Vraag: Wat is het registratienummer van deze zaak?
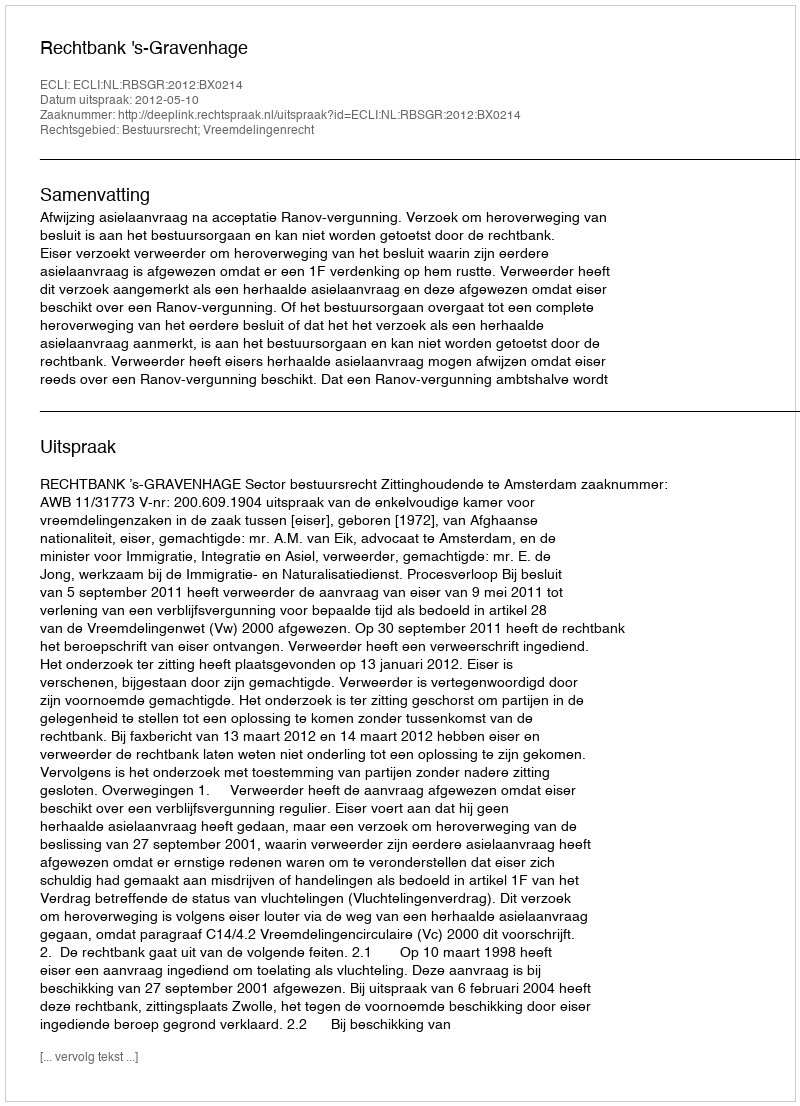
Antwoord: http://deeplink.rechtspraak.nl/uitspraak?id=ECLI:NL:RBSGR:2012:BX0214